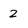
Character: 2